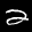
Label: 2